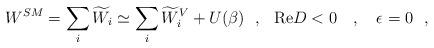
LaTeX: \begin{align*}W^{SM}=\sum_i\widetilde{W}_i\simeq\sum_i\widetilde{W}_i^V+U(\beta)~~,~~\mbox{Re}D < 0~~~,~~~\epsilon=0~~,\end{align*}